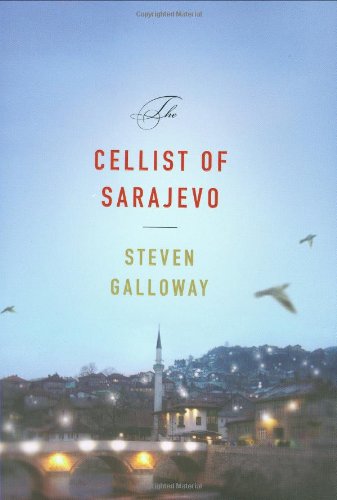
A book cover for The Cellist of Sarajevo; Steven Galloway; Literature & Fiction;